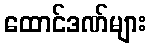
ထောင်ဒဏ်များ